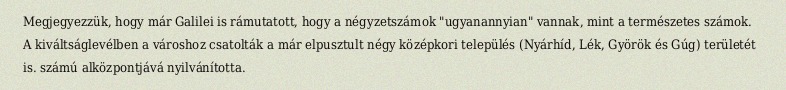
Megjegyezzük, hogy már Galilei is rámutatott, hogy a négyzetszámok "ugyanannyian" vannak, mint a természetes számok. A kiváltságlevélben a városhoz csatolták a már elpusztult négy középkori település (Nyárhíd, Lék, Györök és Gúg) területét is. számú alközpontjává nyilvánította.